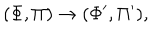
LaTeX: ( \Phi , \Pi ) \rightarrow ( \Phi ^ { \prime } , \Pi ^ { \prime } ) ,